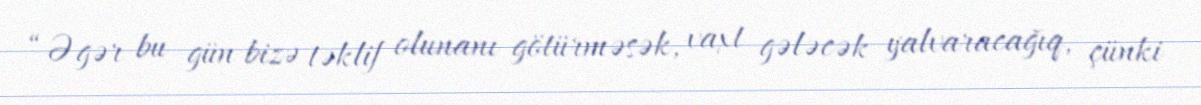
“Əgər bu gün bizə təklif olunanı götürməsək, vaxt gələcək yalvaracağıq, çünki